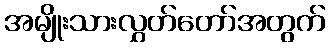
အမျိုးသားလွှတ်တော်အတွက်